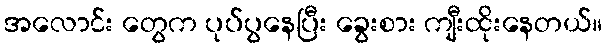
အလောင်း တွေက ပုပ်ပွနေပြီး ခွေးစား ကျီးထိုးနေတယ်။